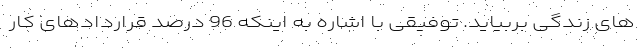
های زندگی بربیاید. توفیقی با اشاره به اینکه 96 درصد قراردادهای کار